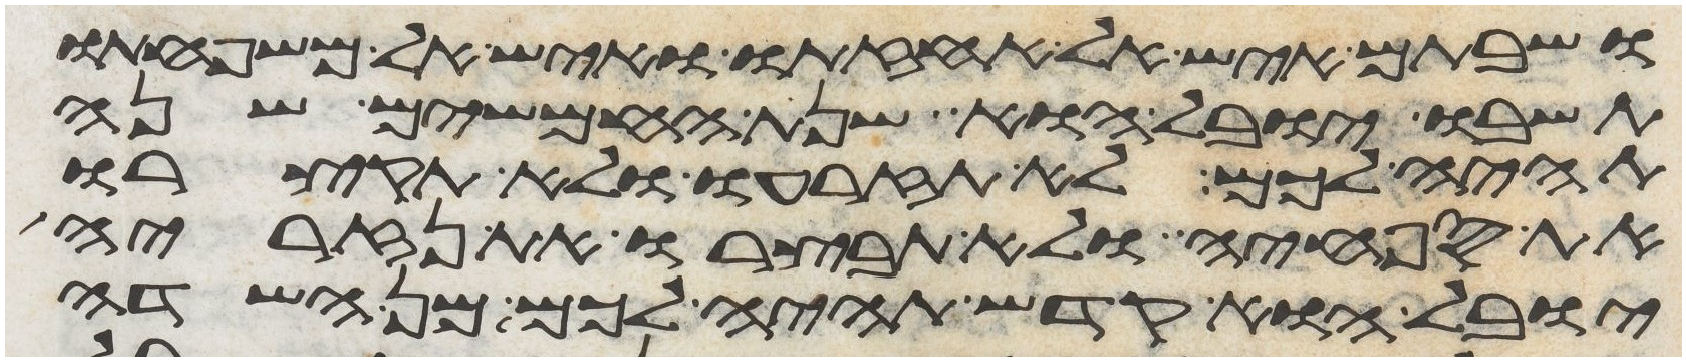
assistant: ושבתם איש אל אחזתו ואיש אל משפחתו
תשובו יובל הוא שנת החמשים שנה
תהיה לכם לא תזרעו ולא תקצרו
את ספחיה ולא תבצרו את נזיריה
יובל הוא קדש תהיה לכם מן השדה